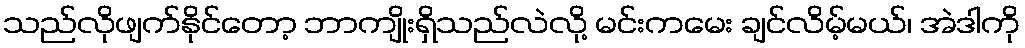
သည်လိုဖျက်နိုင်တော့ ဘာကျိုးရှိသည်လဲလို့ မင်းကမေး ချင်လိမ့်မယ်၊ အဲဒါကို